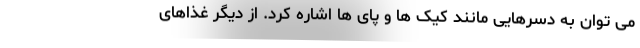
می توان به دسرهایی مانند کیک ها و پای ها اشاره کرد. از دیگر غذاهای